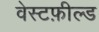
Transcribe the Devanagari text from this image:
वेस्टफ़ील्ड